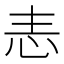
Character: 𢗣